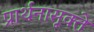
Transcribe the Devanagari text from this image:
प्रार्थनासूक्ते